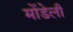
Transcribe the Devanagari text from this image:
मोंडेली